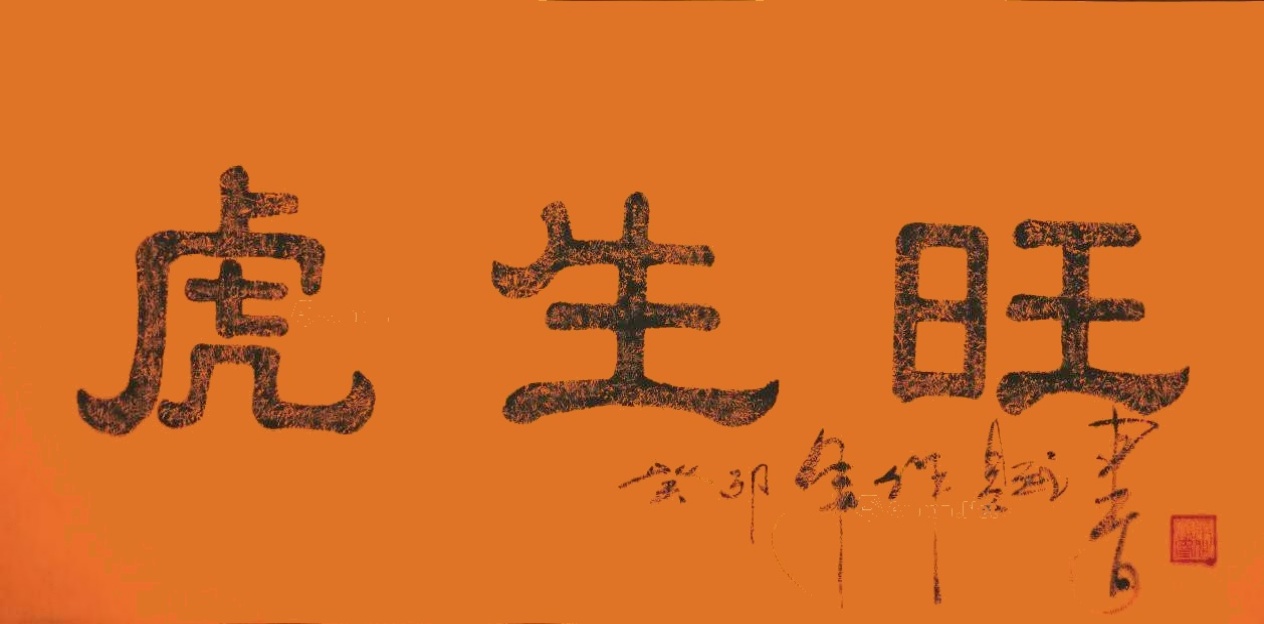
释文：余作赋2021年作虎生旺